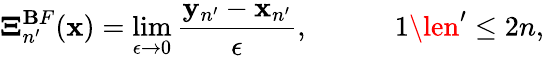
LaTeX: \boldsymbol{\Xi}_{n^{\prime}}^{\mathbf{B}F}({\mathbf{x}})=\operatorname*{lim}_{\epsilon\to0}\frac{{{\mathbf{y}}_{n^{\prime}}-{\mathbf{x}}_{n^{\prime}}}}{{\epsilon}},\quad\qquad1\len^{\prime}\le2n,